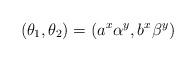
LaTeX: \begin{align*} (\theta_1,\theta_2)=(a^x\alpha^y,b^x\beta^y) \end{align*}